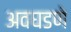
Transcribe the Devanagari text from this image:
अवघडणे